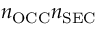
n _ { \mathrm { O C C } } n _ { \mathrm { S E C } }